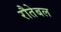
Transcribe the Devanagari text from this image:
रौतेबल